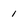
Character: 1